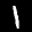
Label: 1